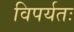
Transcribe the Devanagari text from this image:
विपर्यतः